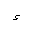
Letter: _hamza